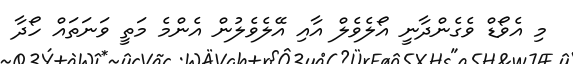
މި އެވޯޑް ވެގެންދާނީ އޯލެވެލް އާއި އޭލެވެލުން އެންމެ މަތީ ވަނަތައް ހޯދާ